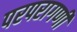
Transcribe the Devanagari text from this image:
परपरागणी